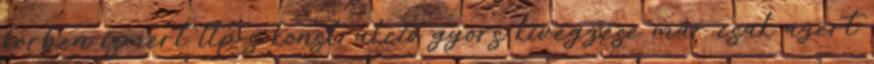
körben ismert ltp-s konstrukció gyors kivégzése már csak azért